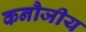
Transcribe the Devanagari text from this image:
कनौजीय